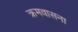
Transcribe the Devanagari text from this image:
क्रमवासना